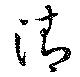
清